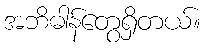
အဘိဓါန်တွေရှိတယ်။